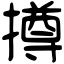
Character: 撙